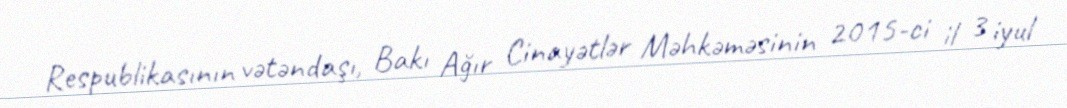
Respublikasının vətəndaşı, Bakı Ağır Cinayətlər Məhkəməsinin 2015-ci il 3 iyul